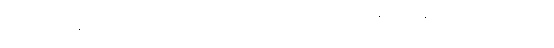
သတ်မှတ်ချက်ရှိ သတ္တဝါကြီးများ တောင်ယာထဲတွင် ဆရာဝန် အလင်းပြရေးကို